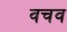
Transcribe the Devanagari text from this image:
वचव